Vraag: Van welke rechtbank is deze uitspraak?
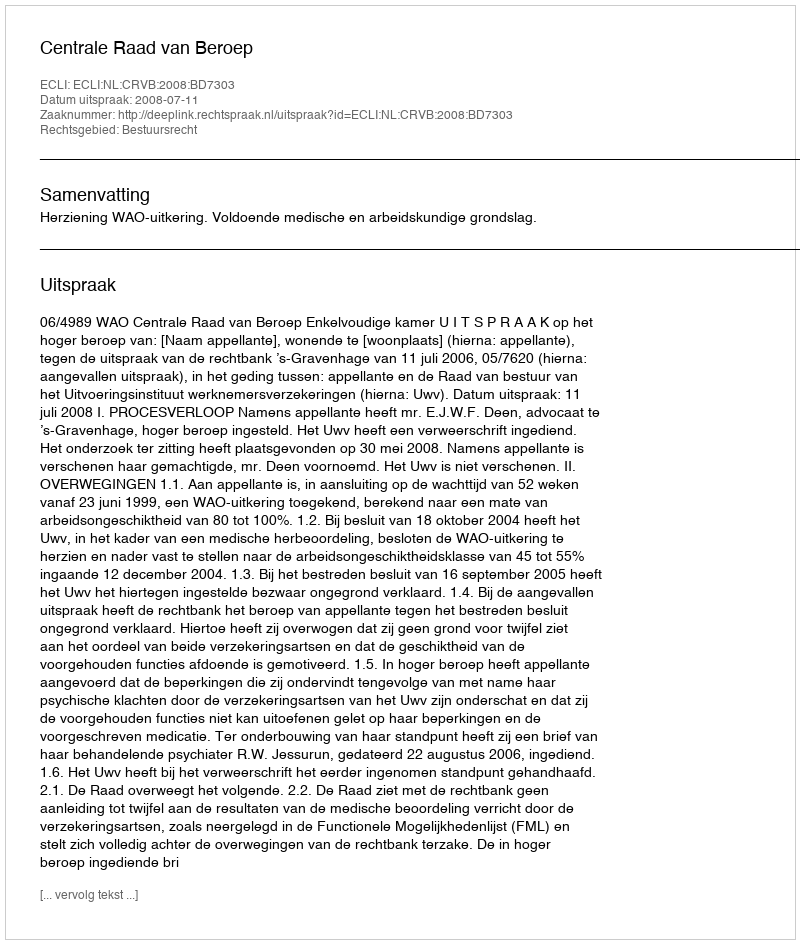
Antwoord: Centrale Raad van Beroep